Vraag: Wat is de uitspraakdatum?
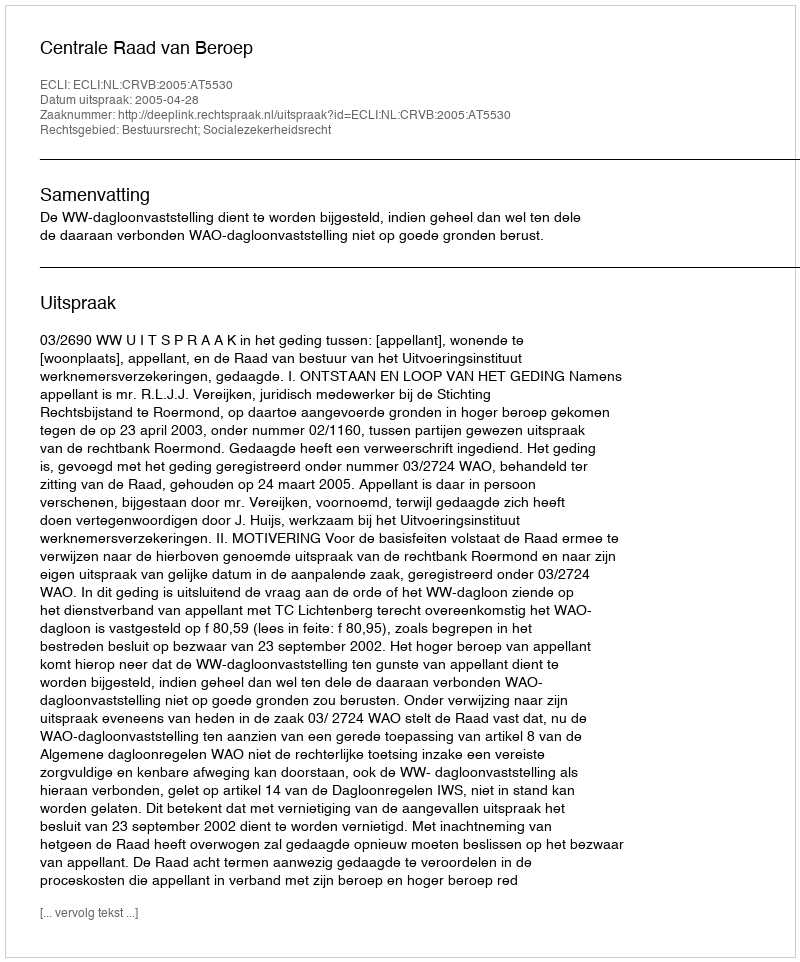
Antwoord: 2005-04-28